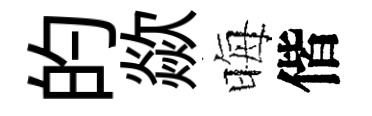
的歘晦偕